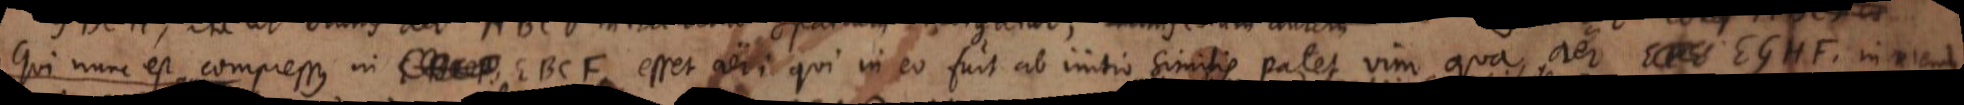
qui nunc est compressus in EBCF, esset aeri qui in eo fuit ab initio similis patet vim qua aer EGHF intrudendus